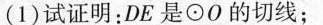
(1)试证明：DE是\odot O的切线；